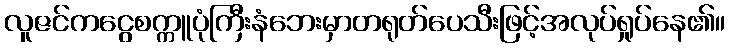
လူဇင်ကငွေစက္ကူပုံကြီးနံဘေးမှာတရုတ်ပေသီးဖြင့်အလုပ်ရှုပ်နေ၏။